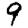
Digit: 9